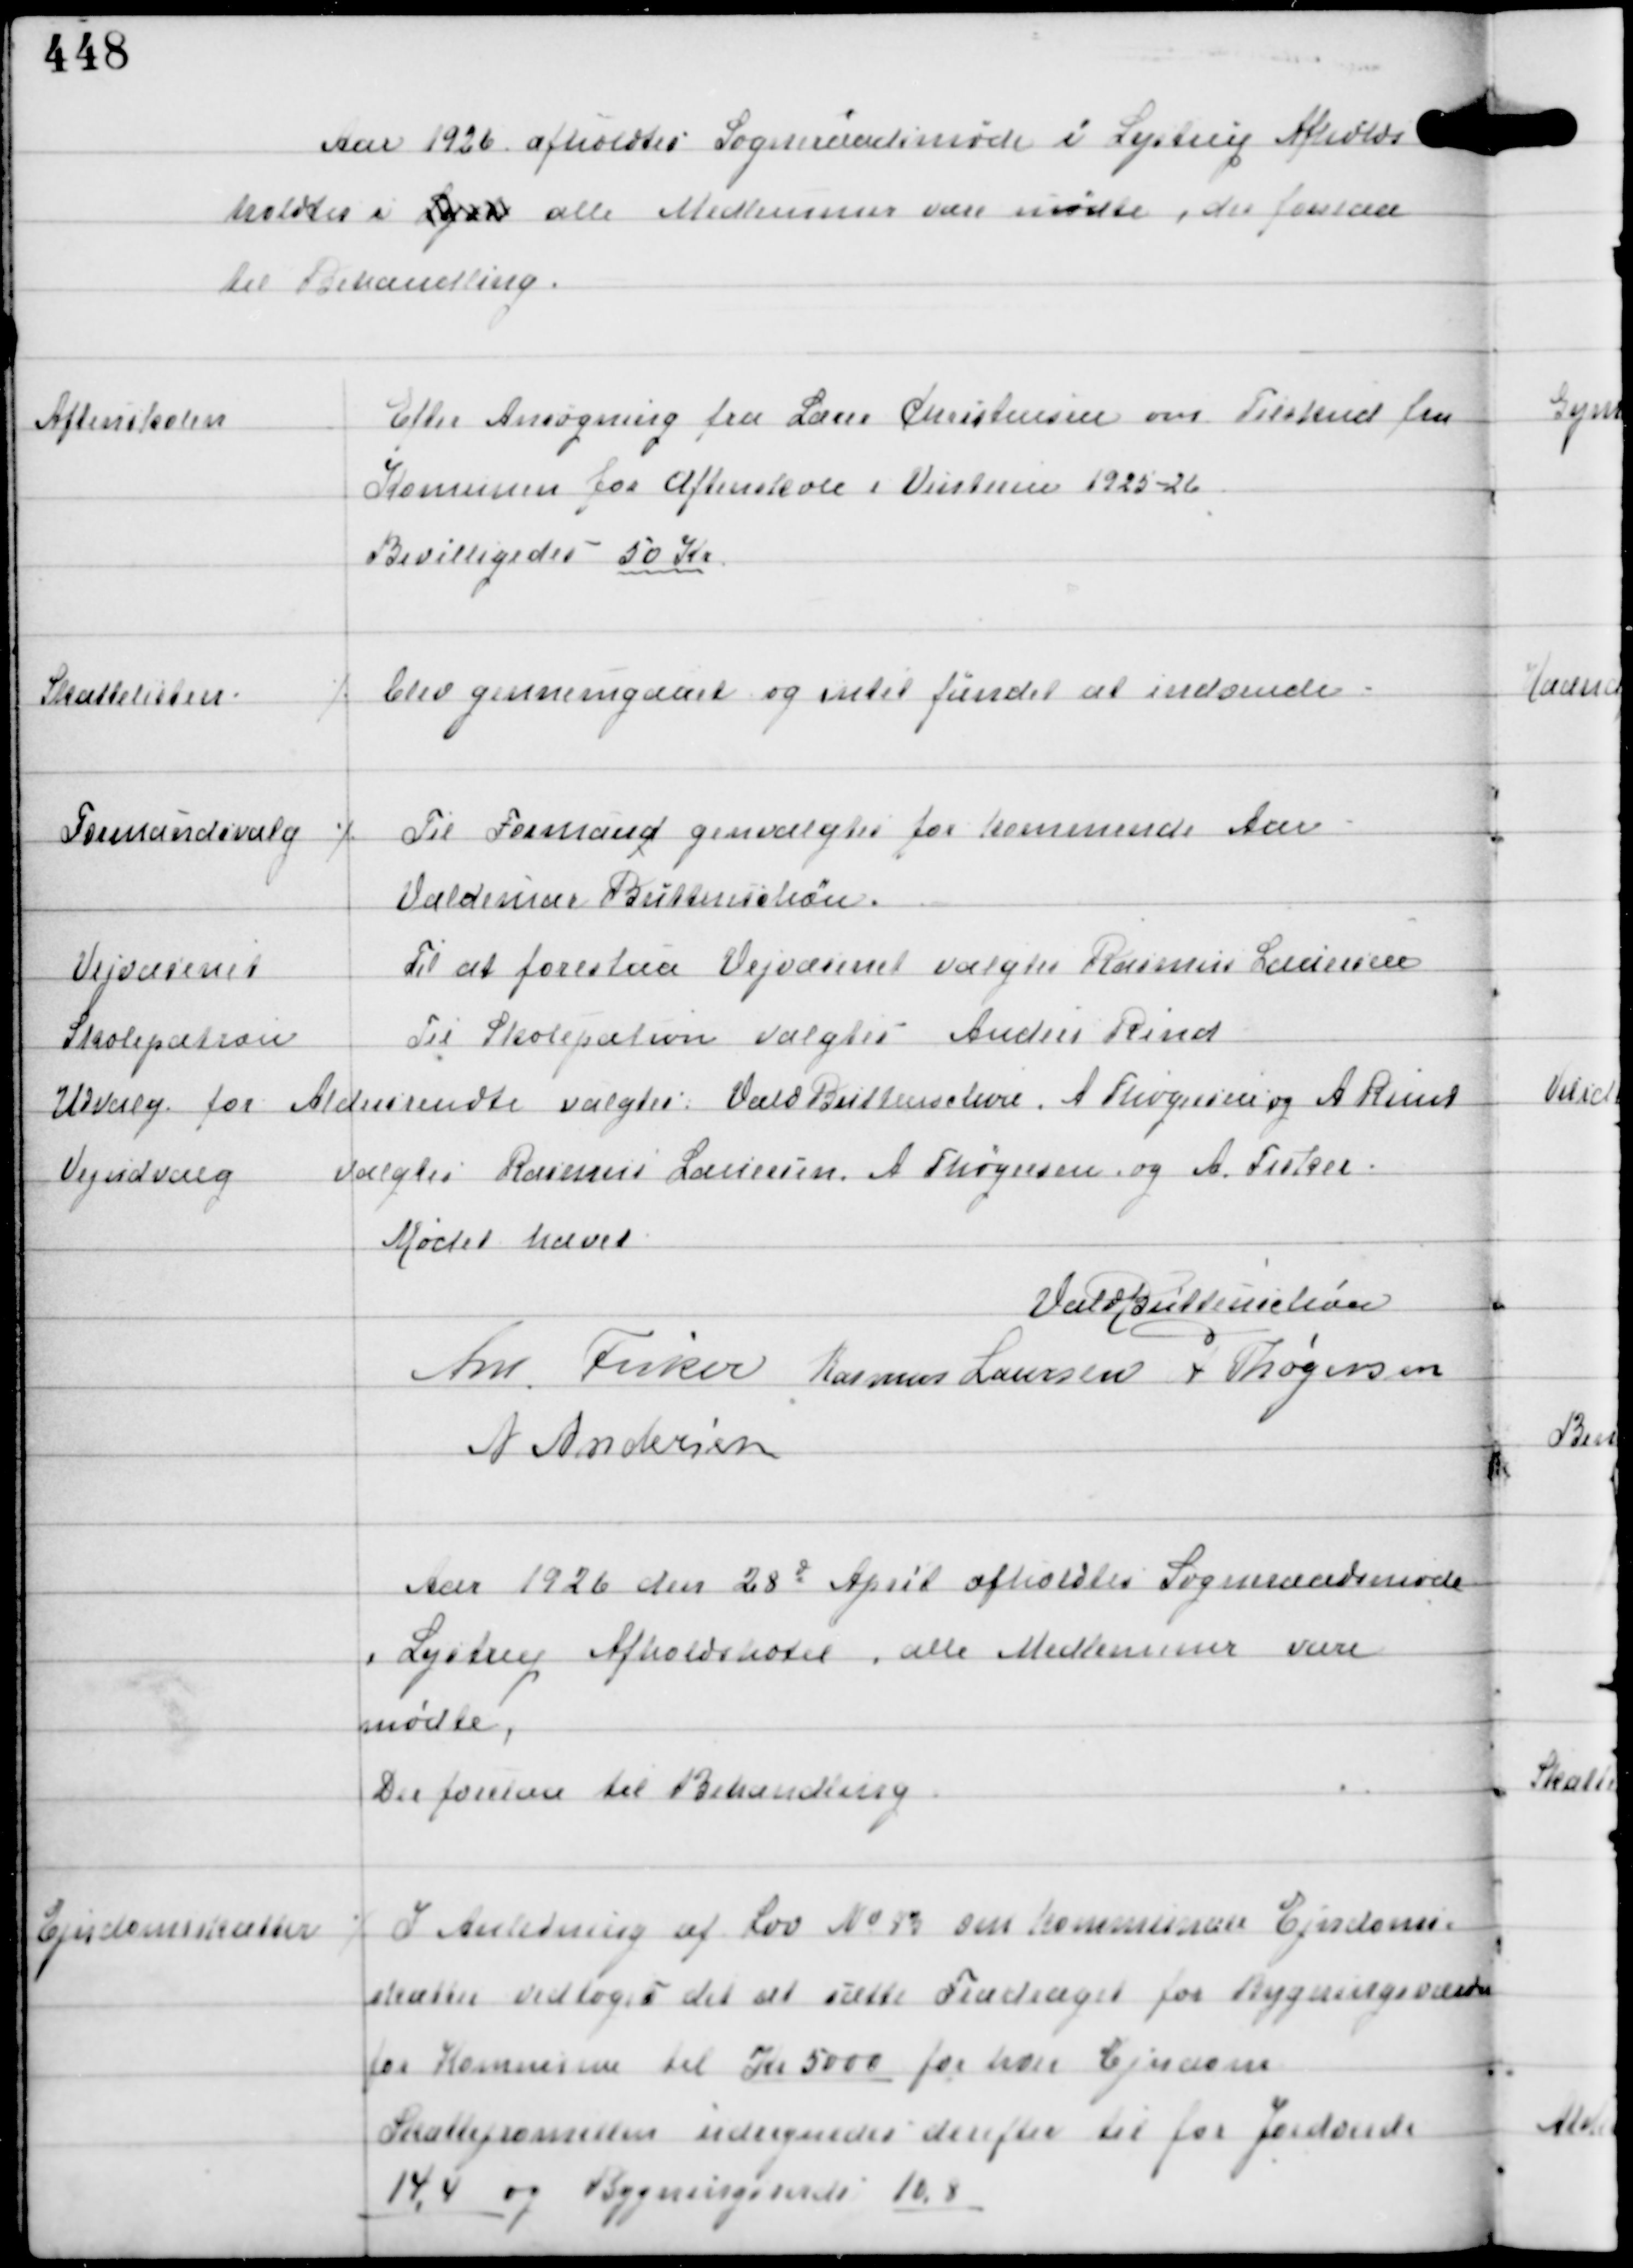
Transskription:
Aar 1926 afholdtes Sogneraadsmøde i Lystrup Afholds
holdtes i Lyst alle Medlemmer vare mødte, der forelaa
til Behandling.

Aftenskolen

Efter Ansøgning fra Lærer Christensen om Tilskud fra
Komunen for Aftenskole i Vinteren 1925-26
Bevilligedes 50 Kr

Skattelisten

⁒ blev gennemgaaet og intet fundet at indvende.

Formandsvalg

⁒ Til Formand genvalgtes for kommende Aar
Valdemar Buttenschøn.

Vejvæsenet

Til at forestaa Vejvæsenet valgtes Rasmus Laursen

Skolepatron

Til Skolepatron valgtes Anders Rind.

Udvalg for Aldersrendte
valgtes Vald Buttenschøn A Thøgersen og A Rind

Vejudvalg

valgtes Rasmus Laursen A Thøgersen og A Fisker

Mødet hævet
Vald Buttenschøn
Ant Fisker Rasmus Laursen A Thøgersen
A Andersen

Aar 1926 den 28d April afholdtes Sogneraadsmøde
i Lystrup Afholdshotel, alle Medlemmer vare
mødte.
Der forelaa til Behandling

Ejendomsskatter

⁒ I Anledning af Lov No 73 om kommunale Ejendoms-
skatter vedtoges det at sætte Fradraget for Bygningsværker
for Kommunen til Kr 5000 for hver Ejendom
Skattepromillen udregnedes derefter til for Jordende
14,4 og Bygningsværdi 10,8